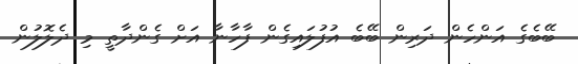
ބޭބެގެ އަންހެން ދަރިން ބޭބެ އުފުލައިގެން ފާހާނާ އަށް ގެންދާތީ މި ދެލޮލުން